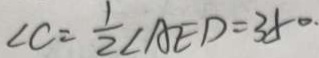
\angle C = \frac { 1 } { 2 } \angle A E D = 3 5 ^ { \circ . }